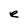
Character: e